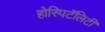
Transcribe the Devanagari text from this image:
होस्पिटॅलिटी